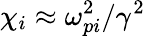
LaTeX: \chi_{i}\approx\omega_{pi}^{2}/\gamma^{2}